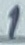
Text: 1